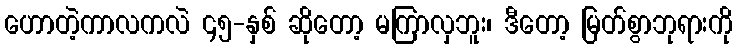
ဟောတဲ့ကာလကလဲ ၄၅-နှစ် ဆိုတော့ မကြာလှဘူး၊ ဒီတော့ မြတ်စွာဘုရားကို